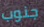
جنوب